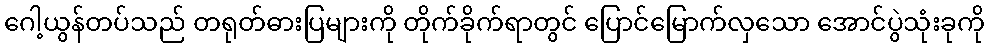
ဂေါ့ယွန်တပ်သည် တရုတ်ဓားပြများကို တိုက်ခိုက်ရာတွင် ပြောင်မြောက်လှသော အောင်ပွဲသုံးခုကို